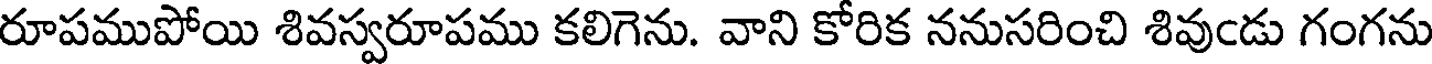
రూపముపోయి శివస్వరూపము కలిగెను. వాని కోరిక ననుసరించి శివుండు గంగను